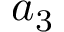
a _ { 3 }